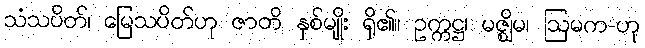
သံသပိတ်၊ မြေသပိတ်ဟု ဇာတိ နှစ်မျိုး ရှိ၏။ ဥက္ကဋ္ဌ၊ မဇ္ဈိမ၊ ဩမက-ဟု